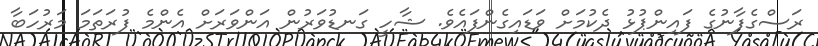
ރަސްގެފާނުގެ ފައިންޕުޅު ދެކުމަށް ވަޑައިގެންފައެވެ. ޝާހީ ގަނޑުވަރުން އަންވަރަށް އެންމެ ފުރަތަމަ މަރުހަބާ